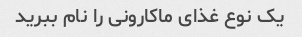
یک نوع غذای ماکارونی را نام ببرید